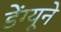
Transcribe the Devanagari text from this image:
डेंग्यूने